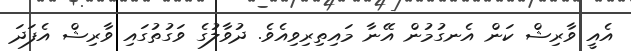
އެއީ ވާރިޝް ކަން އެނގުމުން އޭނާ މައިތިރިވިއެވެ. ދުވާލުގެ ވަގުތުގައި ވާރިޝް އެފަދަ